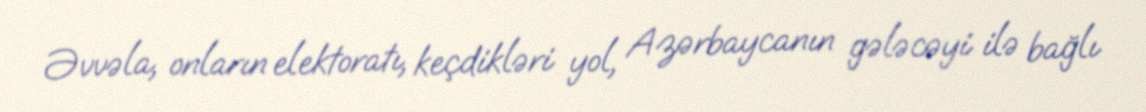
Əvvəla, onların elektoratı, keçdikləri yol, Azərbaycanın gələcəyi ilə bağlı